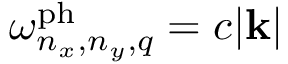
\omega _ { n _ { x } , n _ { y } , q } ^ { \mathrm { p h } } = c | \mathbf { k } |